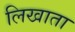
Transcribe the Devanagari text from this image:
लिखाता